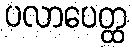
ပလာပေတ္ထ